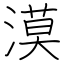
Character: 漠